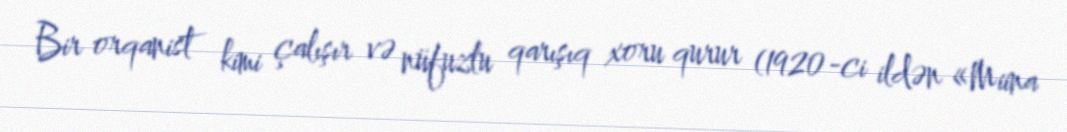
Bir orqanist kimi çalışır və nüfuzlu qarışıq xoru qurur (1920-ci ildən «Miina